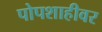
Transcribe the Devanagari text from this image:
पोपशाहीवर